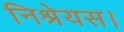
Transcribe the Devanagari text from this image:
निश्रेयस।